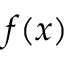
f ( x )